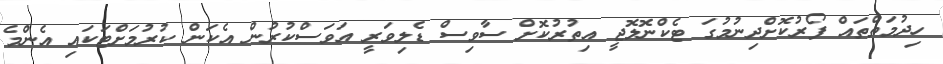
ހިދުމަތްތައް ފޯރުކޮށްދިނުމުގަ ޓެކްނޮލޮޖީ އިތުރުކޮށް ސާވިސް ޑެލިވަރީ އަވަސްކުރުން އެކަން ކުރުމަށްޓަކައި އެންމެ